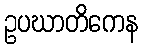
ဥပဃာတိကေန